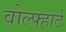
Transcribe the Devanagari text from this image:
वोल्फ्हार्ट